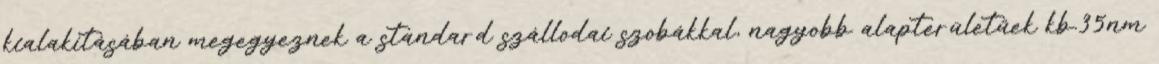
kialakításában megegyeznek a standard szállodai szobákkal, nagyobb alapterületűek kb.35nm